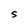
Character: S